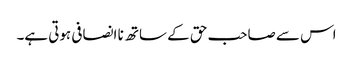
اس سے صاحب حق کے ساتھ نا انصافی ہوتی ہے۔